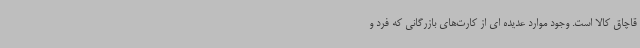
قاچاق کالا است. وجود موارد عدیده ای از کارت‌های بازرگانی که فرد و